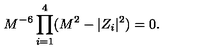
M ^ { - 6 } \prod _ { i = 1 } ^ { 4 } ( M ^ { 2 } - | Z _ { i } | ^ { 2 } ) = 0 .